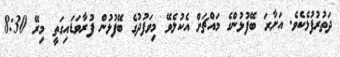
ދަތުރުފުޅެކެވެ. އަށާރަ ބޭފުޅުންގެ މައްޗަށް އެކުލެވޭ މިވަފުދުގެ ބޭފުޅުން ފުރާވަޑައިގަތީ މިރޭ 8:30